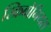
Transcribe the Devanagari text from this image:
स्क्रिबोनियस